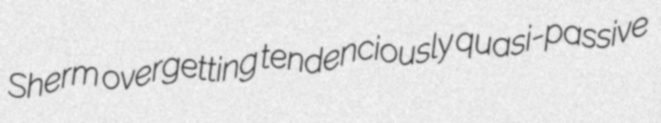
Sherm overgetting tendenciously quasi-passive